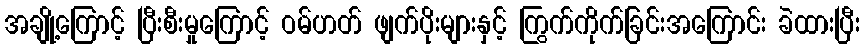
အချို့ကြောင့် ပြီးစီးမှုကြောင့် ဝမ်ဟတ် ဖျက်ပိုးများနှင့် ကြွက်ကိုက်ခြင်းအကြောင်း ခဲထားပြီး